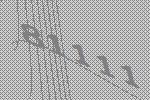
81111